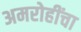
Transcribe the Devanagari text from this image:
अमरोहींचा